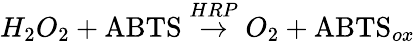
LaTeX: H_{2}O_{2}+\mathrm{ABTS}\stackrel{HRP}{\rightarrow}O_{2}+\mathrm{ABTS}_{ox}